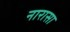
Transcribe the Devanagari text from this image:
नारासा